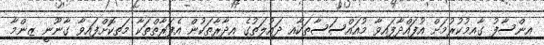
އިންސާފު ގާއިމުކުރުމަށް އުފައްދާފައިވާ މުއައްސަސާތަކާއި ދައުލަތުގެ އިދާރާތަކުން އެފަރާތްތަކާ މަތިކޮށްފައިވާ ގާނޫނީ ޒިންމާ